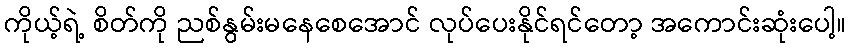
ကိုယ့်ရဲ့ စိတ်ကို ညစ်နွမ်းမနေစေအောင် လုပ်ပေးနိုင်ရင်တော့ အကောင်းဆုံးပေါ့။